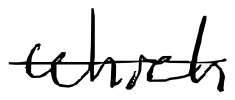
Text: which
Cross-out: single-line
Writing tool: digital_black